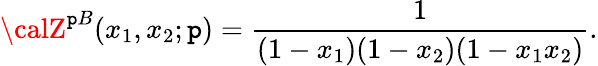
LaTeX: {\calZ}^{\mathtt{p}B}(x_{1},x_{2};\mathtt{p})=\frac{{1}}{{(1-x_{1})(1-x_{2})(1-x_{1}x_{2})}}.